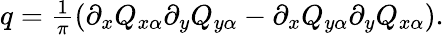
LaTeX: \begin{array}{r}{q=\frac{1}{\pi}\left(\partial_{x}Q_{x\alpha}\partial_{y}Q_{y\alpha}-\partial_{x}Q_{y\alpha}\partial_{y}Q_{x\alpha}\right).}\end{array}